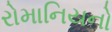
રોમાનિયનો